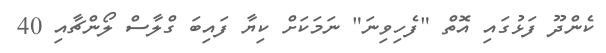
ކެންދޫ ފަޅުގައި އޮތް "ފެހިވިނަ" ނަމަކަށް ކިޔާ ފައިބަ ގްލާސް ލޯންޗާއި 40